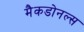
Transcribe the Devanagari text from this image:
मैकडोनल्स